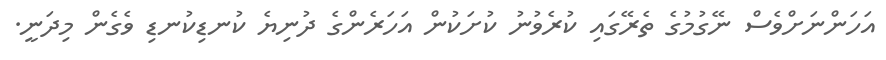
އަހަންނަށްވެސް ނޭގުމުގެ ތެރޭގައި ކުރެވުނު ކުށަކުން އަހަރެންގެ ދުނިޔެ ކުނޑިކުނޑި ވެގެން މިދަނީ.